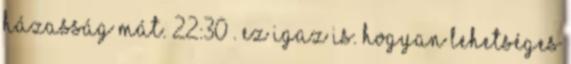
házasság Mát. 22:30 . Ez igaz is. Hogyan lehetséges